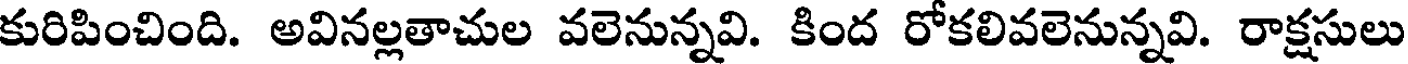
కురిపించింది. అవినల్లతాచుల వలెనున్నవి. కింద రోకలివలెనున్నవి. రాక్షసులు